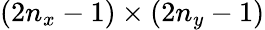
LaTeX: (2n_{x}-1)\times(2n_{y}-1)